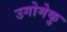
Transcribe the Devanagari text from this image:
उगोमेकु